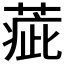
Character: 𦶉